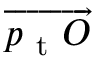
\overrightarrow { p _ { \mathrm { ~ t ~ } } O }